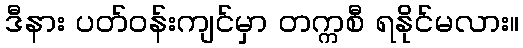
ဒီနား ပတ်ဝန်းကျင်မှာ တက္ကစီ ရနိုင်မလား။